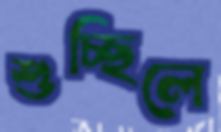
শুচ্ছিলে